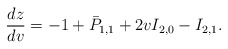
\begin{align*} \frac{dz}{dv}=-1+\bar{P}_{1,1}+2vI_{2,0}-I_{2,1}.\end{align*}